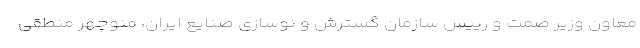
معاون وزیر صمت و رییس سازمان گسترش و نوسازی صنایع ایران، منوچهر منطقی